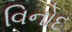
વિનોદ